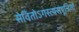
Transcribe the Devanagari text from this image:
सेवितोऽगस्त्यसंपूजितो